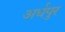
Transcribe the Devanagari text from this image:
अर्धपुर